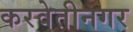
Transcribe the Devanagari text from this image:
करवेतीनगर